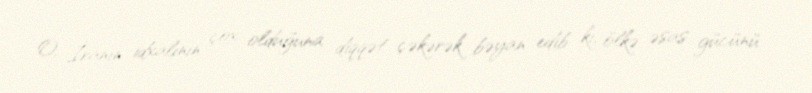
O, İranın idxalının çox olduğuna diqqət çəkərək bəyan edib ki, ölkə əsas gücünü